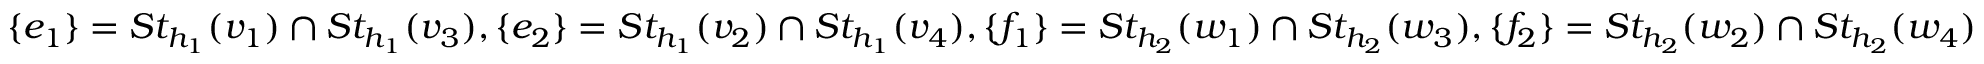
\{ e _ { 1 } \} = S t _ { h _ { 1 } } ( v _ { 1 } ) \cap S t _ { h _ { 1 } } ( v _ { 3 } ) , \{ e _ { 2 } \} = S t _ { h _ { 1 } } ( v _ { 2 } ) \cap S t _ { h _ { 1 } } ( v _ { 4 } ) , \{ f _ { 1 } \} = S t _ { h _ { 2 } } ( w _ { 1 } ) \cap S t _ { h _ { 2 } } ( w _ { 3 } ) , \{ f _ { 2 } \} = S t _ { h _ { 2 } } ( w _ { 2 } ) \cap S t _ { h _ { 2 } } ( w _ { 4 } )